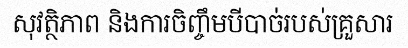
សុវត្ថិភាព និងការចិញ្ចឹមបីបាច់របស់គ្រួសារ